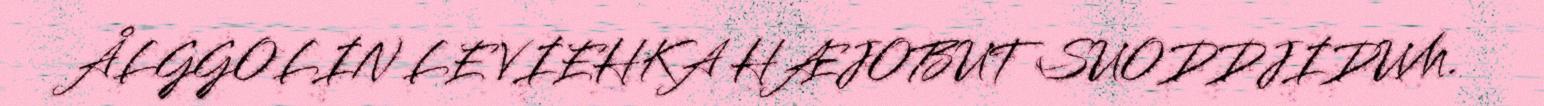
ÅLGGOLIN LE VIEHKA HÆJOBUT SUODDJIDUM.